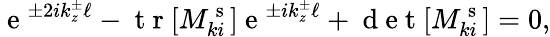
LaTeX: \mathrm{~e~}^{\pm 2ik_{z}^{\pm}\ell}-\mathrm{~t~r~}[M_{ki}^{\mathrm{~s~}}]\mathrm{~e~}^{\pm ik_{z}^{\pm}\ell}+\mathrm{~d~e~t~}[M_{ki}^{\mathrm{~s~}}]=0,